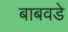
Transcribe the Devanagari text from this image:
बाबवडे